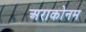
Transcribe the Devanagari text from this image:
अराकोनम